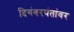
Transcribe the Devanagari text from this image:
दिगंबरपंतांवर